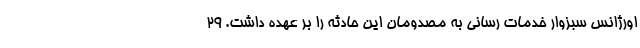
اورژانس سبزوار خدمات رسانی به مصدومان این حادثه را بر عهده داشت. ۲۹